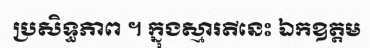
ប្រសិទ្ធភាព ។ ក្នុងស្មារតីនេះ ឯកឧត្តម